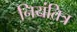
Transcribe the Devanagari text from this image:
नियंतित्र